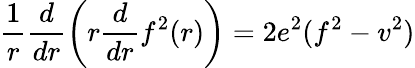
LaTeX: \frac{1}{r}\frac{d}{dr}\left(r\frac{d}{dr}f^{2}(r)\right)=2e^{2}(f^{2}-v^{2})